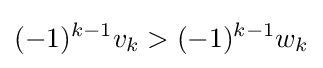
(-1)^{k-1}v_{k}>(-1)^{k-1}w_{k}